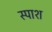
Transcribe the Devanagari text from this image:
स्पाश